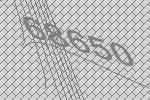
68650